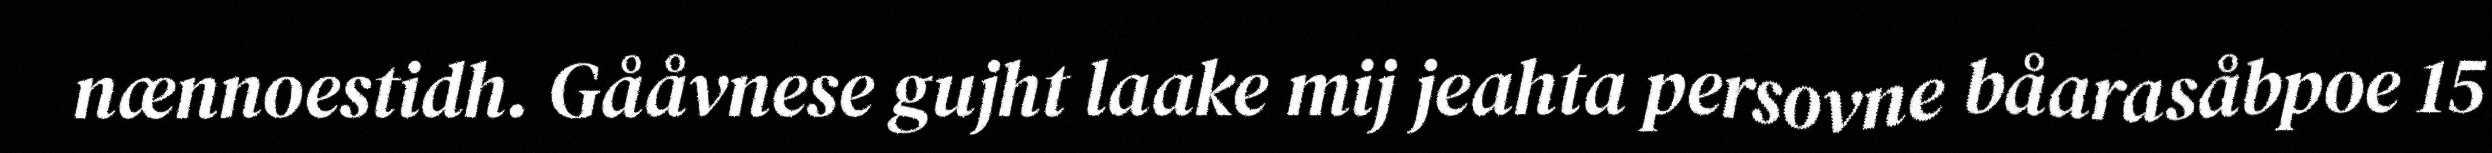
nænnoestidh. Gååvnese gujht laake mij jeahta persovne båarasåbpoe 15